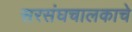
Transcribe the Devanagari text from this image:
सरसंघचालकाचे